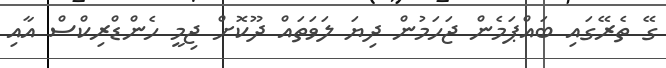
ގޭ ތެރޭގައި ބައްޕަމެން ޖަހަމުން ދިޔަ ލަވަތައް ދޫކޮށް ޖިމީ ހެންޑްރިކްސް އާއި